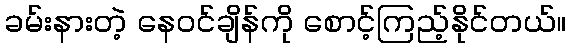
ခမ်းနားတဲ့ နေဝင်ချိန်ကို စောင့်ကြည့်နိုင်တယ်။